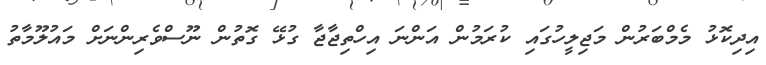
އިދިކޮޅު މެމްބަރުން މަޖިލީހުގައި ކުރަމުން އަންނަ އިހްތިޖާޖާ ގުޅޭ ގޮތުން ނޫސްވެރިންނަށް މައުލޫމާތު